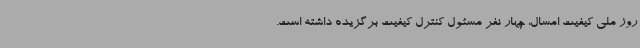
روز ملی کیفیت امسال، چهار نفر مسئول کنترل کیفیت برگزیده داشته است.